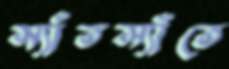
স্যাঁতস্যাঁতে